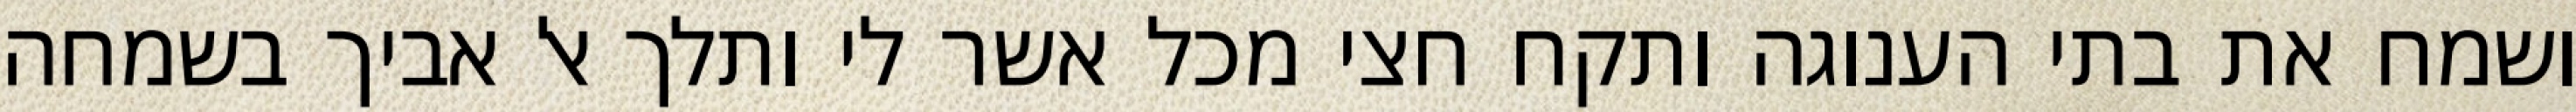
ושמח את בתי הענוגה ותקח חצי מכל אשר לי ותלך אל אביך בשמחה